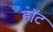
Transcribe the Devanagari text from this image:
हाॅट